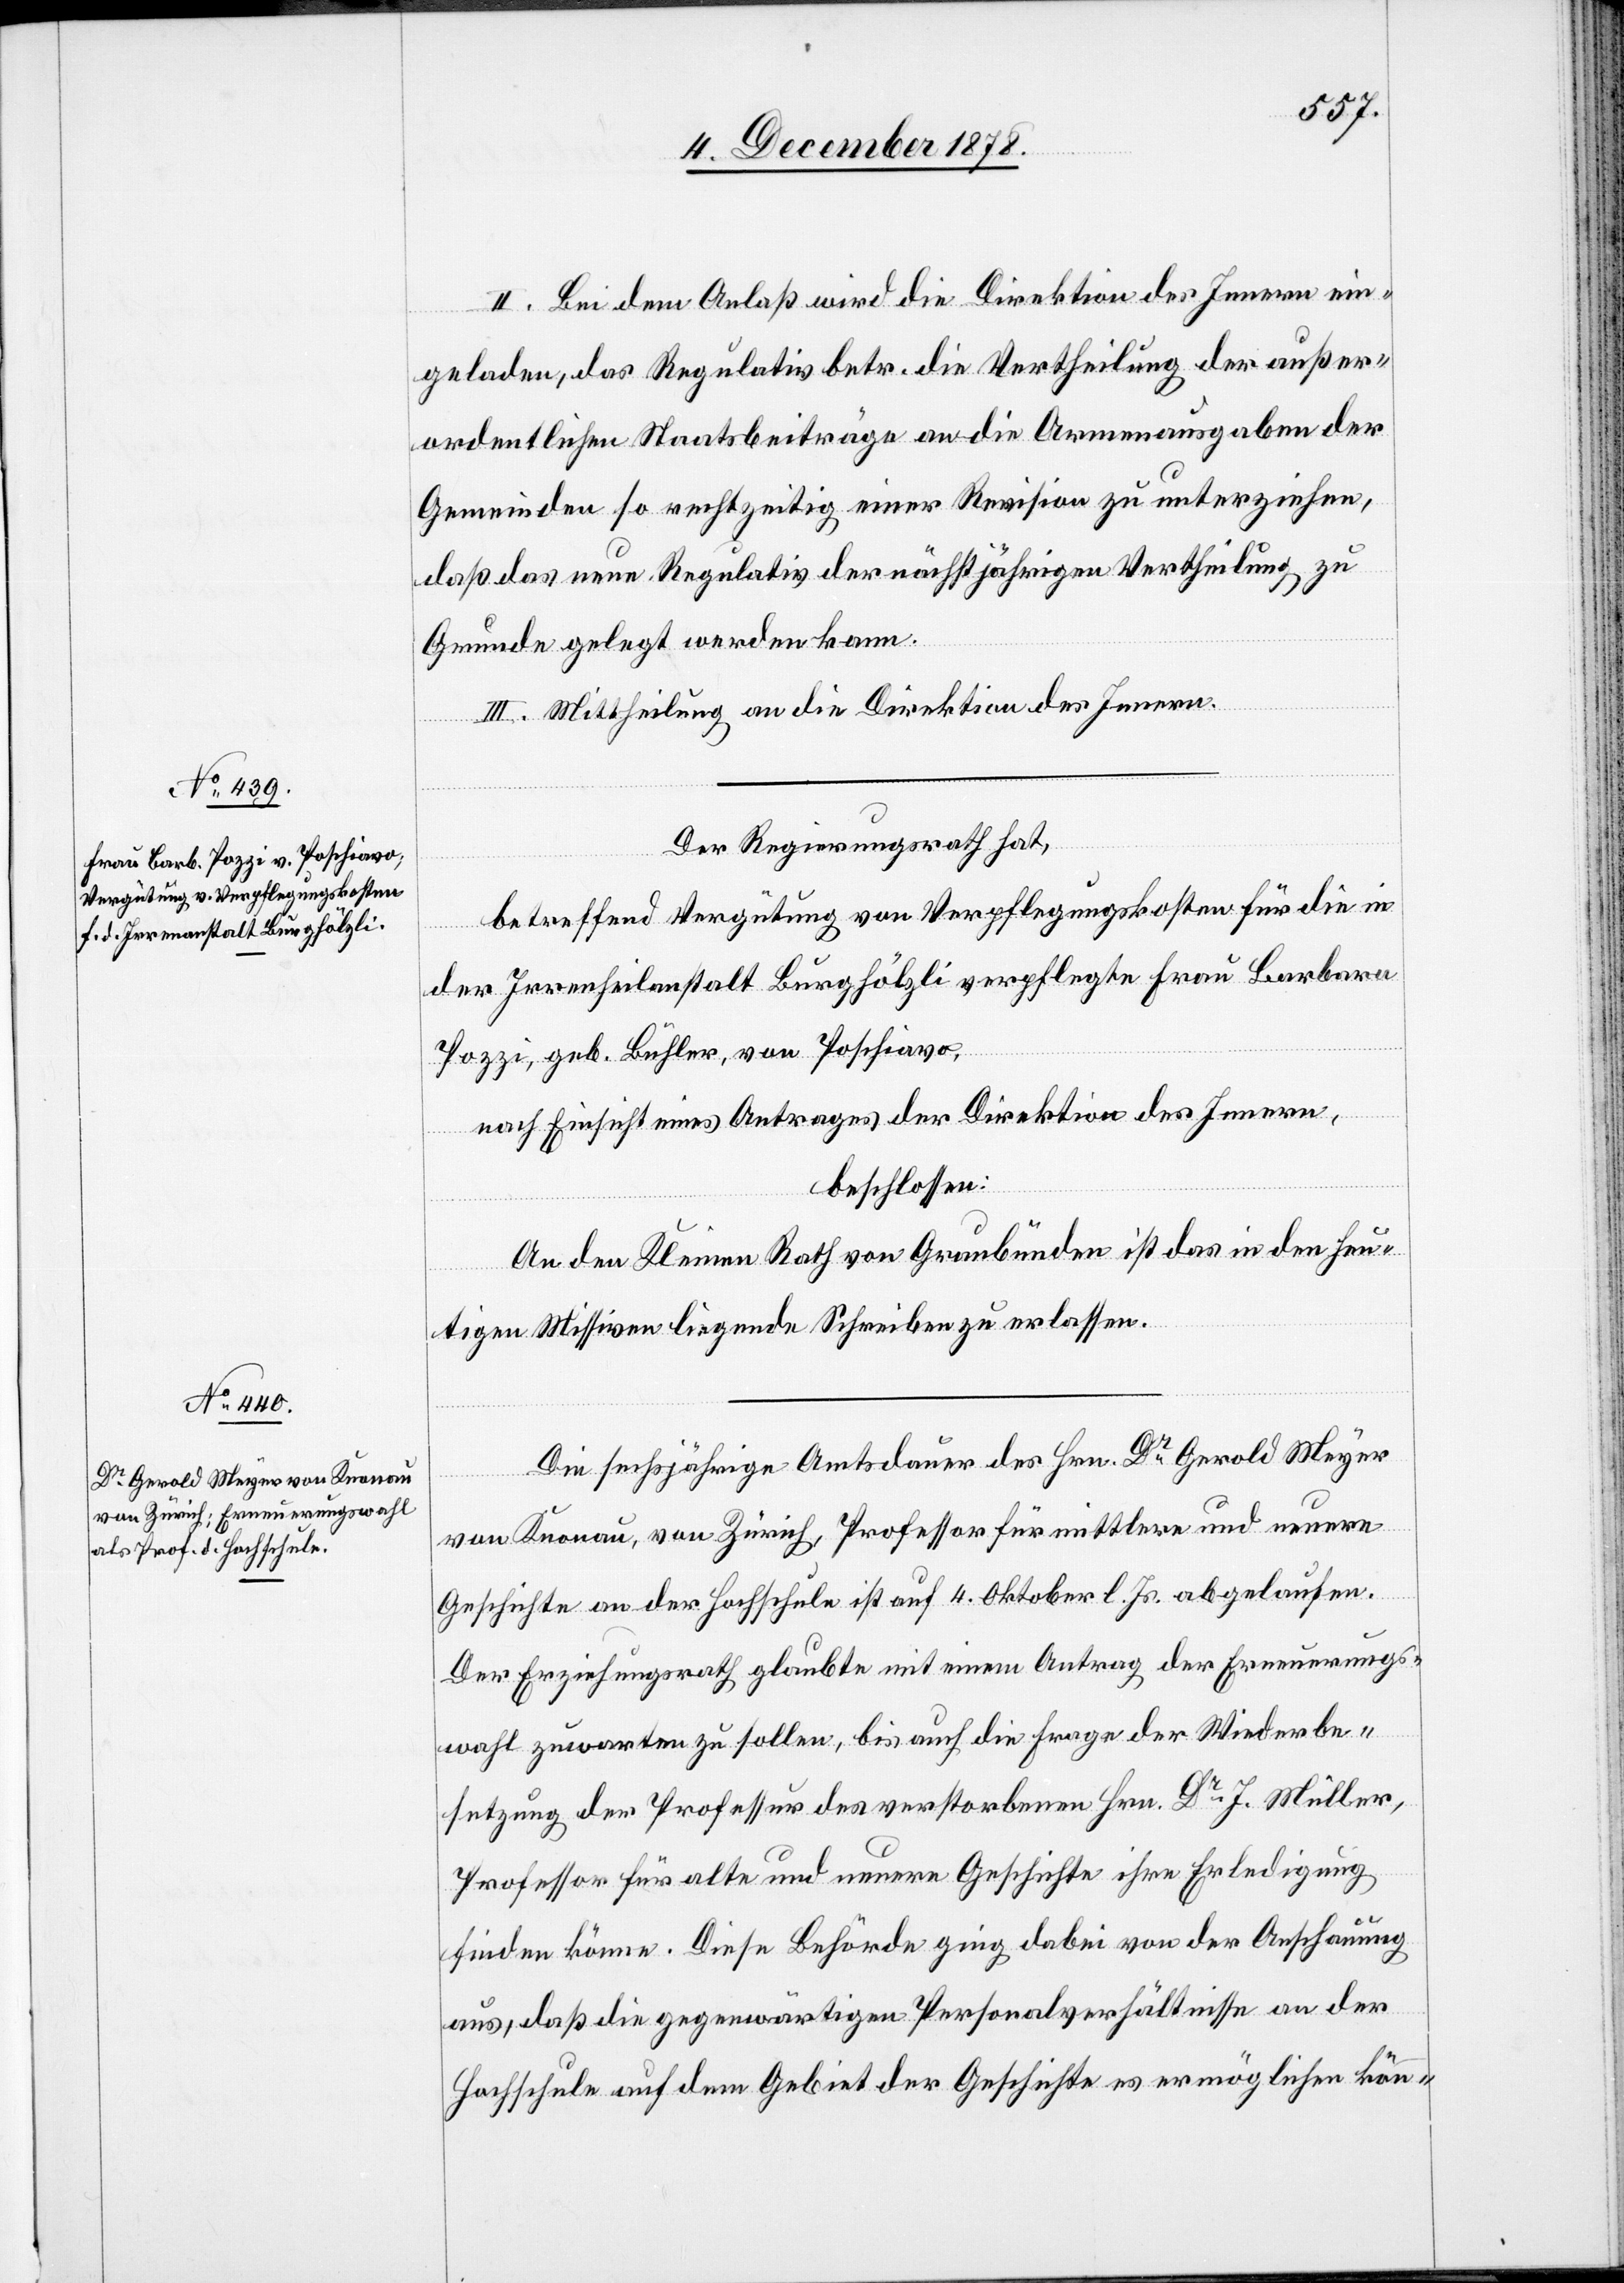
II. Bei dem Anlaß wird die Direktion des Innern ein¬
geladen, das Regulativ betr. die Vertheilung der außer¬
ordentlichen Staatsbeiträge an die Armenausgaben der
Gemeinden so rechtzeitig einer Revision zu unterziehen,
daß das neue Regulativ der nächstjährigen Vertheilung zu
Grunde gelegt werden kann.
III. Mittheilung an die Direktion des Innern.
Der Regierungsrath hat,
betreffend Vergütung von Verpflegungskosten für die in
der Irrenheilanstalt Burghölzli verpflegte Frau Barbara
Pozzi, geb. Bühler, von Poschiavo,
nach Einsicht eines Antrages der Direktion des Innern,
beschlossen:
An den Kleinen Rath von Graubünden ist das in den heu¬
tigen Missiven liegende Schreiben zu erlassen.
Die sechsjährige Amtsdauer des Hrn. Dr Gerold Meyer
von Knonau, von Zürich, Professor für mittlere und neuere
Geschichte an der Hochschule ist auf 4. Oktober l. Js. abgelaufen.
Der Erziehungsrath glaubt mit einem Antrag der Erneuerungs¬
wahl zuwarten zu sollen, bis auch die Frage der Wiederbe¬
setzung der Professur des verstorbenen Hrn. Dr J. Müller,
Professor für alte und neuere Geschichte ihre Erledigung
finden könne. Diese Behörde ging dabei von der Anschauung
aus, daß die gegenwärtigen Personalverhältnisse an der
Hochschule auf dem Gebiet der Geschichte es ermöglichen kön-